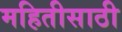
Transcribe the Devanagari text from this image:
महितीसाठी